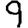
Digit: 9